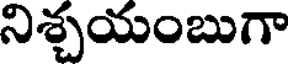
నిశ్చయంబుగా